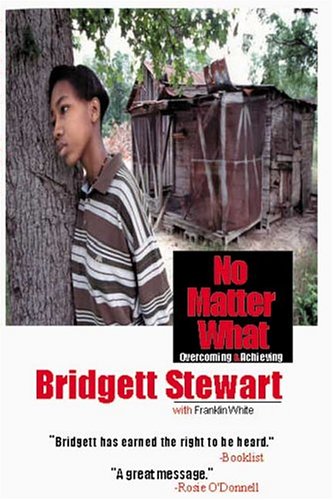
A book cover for No Matter What; Bridgett Stewart; Teen & Young Adult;